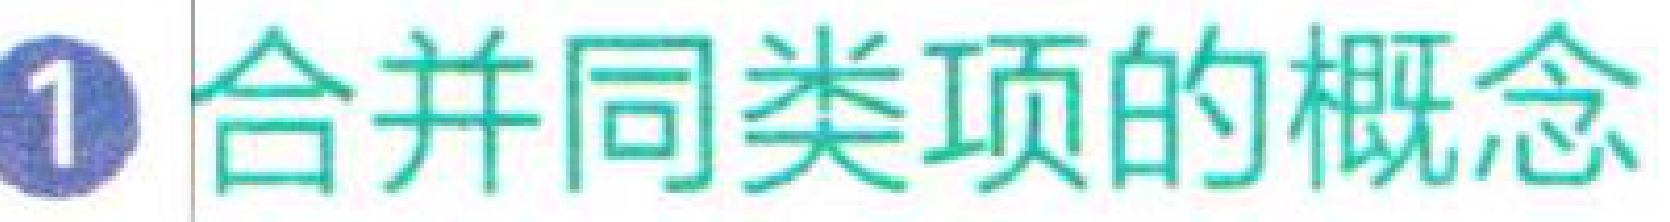
1 合并同类项的概念